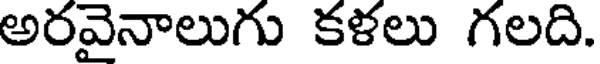
అరవైనాలుగు కళలు గలది.